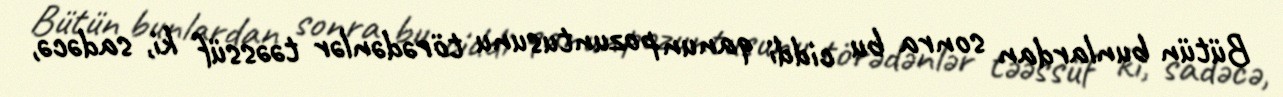
Bütün bunlardan sonra bu ciddi qanun pozuntusunu törədənlər təəssüf ki, sadəcə,